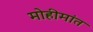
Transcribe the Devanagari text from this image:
मोहीमांत